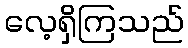
လေ့ရှိကြသည်